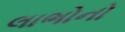
લાભોનો